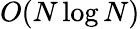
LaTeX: O(N\log N)